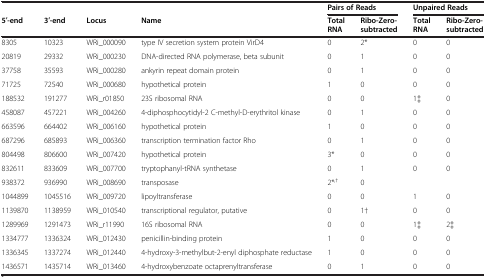
<table><thead><tr><td><b> </b></td><td><b> </b></td><td><b> </b></td><td><b> </b></td><td colspan="2"><b>Pairs of Reads</b></td><td colspan="2"><b>Unpaired Reads</b></td></tr><tr><td><b>5′-end</b></td><td><b>3′-end</b></td><td><b>Locus</b></td><td><b>Name</b></td><td><b>Total RNA</b></td><td><b>Ribo-Zero-subtracted</b></td><td><b>Total RNA</b></td><td><b>Ribo-Zero-subtracted</b></td></tr></thead><tbody><tr><td>8305</td><td>10323</td><td>WRi_000090</td><td>type IV secretion system protein VirD4</td><td>0</td><td>2*</td><td>0</td><td>0</td></tr><tr><td>20819</td><td>29332</td><td>WRi_000230</td><td>DNA-directed RNA polymerase, beta subunit</td><td>0</td><td>1</td><td>0</td><td>0</td></tr><tr><td>37758</td><td>35593</td><td>WRi_000280</td><td>ankyrin repeat domain protein</td><td>0</td><td>1</td><td>0</td><td>0</td></tr><tr><td>71725</td><td>72540</td><td>WRi_000680</td><td>hypothetical protein</td><td>1</td><td>0</td><td>0</td><td>0</td></tr><tr><td>188532</td><td>191277</td><td>WRi_r01850</td><td>23S ribosomal RNA</td><td>0</td><td>0</td><td>1‡</td><td>0</td></tr><tr><td>458087</td><td>457221</td><td>WRi_004260</td><td>4-diphosphocytidyl-2 C-methyl-D-erythritol kinase</td><td>0</td><td>1</td><td>0</td><td>0</td></tr><tr><td>663596</td><td>664402</td><td>WRi_006160</td><td>hypothetical protein</td><td>1</td><td>0</td><td>0</td><td>0</td></tr><tr><td>687296</td><td>685893</td><td>WRi_006360</td><td>transcription termination factor Rho</td><td>0</td><td>1</td><td>0</td><td>0</td></tr><tr><td>804498</td><td>806600</td><td>WRi_007420</td><td>hypothetical protein</td><td>3*</td><td>0</td><td>0</td><td>0</td></tr><tr><td>832611</td><td>833609</td><td>WRi_007700</td><td>tryptophanyl-tRNA synthetase</td><td>0</td><td>1</td><td>0</td><td>0</td></tr><tr><td>938372</td><td>936990</td><td>WRi_008690</td><td>transposase</td><td>2*<sup>,†</sup></td><td>0</td><td> </td><td> </td></tr><tr><td>1044899</td><td>1045516</td><td>WRi_009720</td><td>lipoyltransferase</td><td>0</td><td>0</td><td>1</td><td>0</td></tr><tr><td>1139870</td><td>1138959</td><td>WRi_010540</td><td>transcriptional regulator, putative</td><td>0</td><td>1†</td><td>0</td><td>0</td></tr><tr><td>1289969</td><td>1291473</td><td>WRi_r11990</td><td>16S ribosomal RNA</td><td>0</td><td>0</td><td>1‡</td><td>2‡</td></tr><tr><td>1334777</td><td>1336324</td><td>WRi_012430</td><td>penicillin-binding protein</td><td>1</td><td>0</td><td>0</td><td>0</td></tr><tr><td>1336345</td><td>1337274</td><td>WRi_012440</td><td>4-hydroxy-3-methylbut-2-enyl diphosphate reductase</td><td>1</td><td>0</td><td>0</td><td>0</td></tr><tr><td>1436571</td><td>1435714</td><td>WRi_013460</td><td>4-hydroxybenzoate octaprenyltransferase</td><td>0</td><td>1</td><td>0</td><td>0</td></tr></tbody></table>